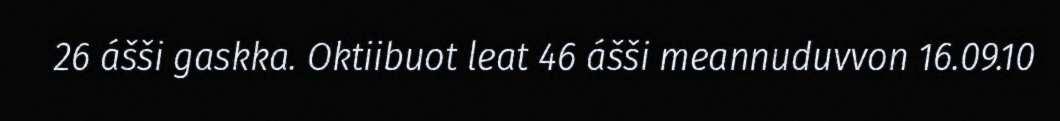
26 ášši gaskka. Oktiibuot leat 46 ášši meannuduvvon 16.09.10